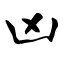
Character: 凶